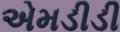
એમડીડી